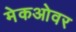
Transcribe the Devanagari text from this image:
मेकओवर